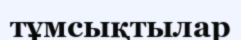
тұмсықтылар